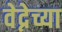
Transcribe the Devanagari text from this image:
वेद्नेच्या